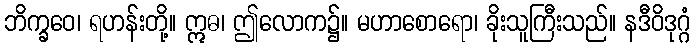
ဘိက္ခဝေ၊ ရဟန်းတို့။ ဣဓ၊ ဤလောက၌။ မဟာစောရော၊ ခိုးသူကြီးသည်။ နဒီဝိဒုဂ္ဂံ